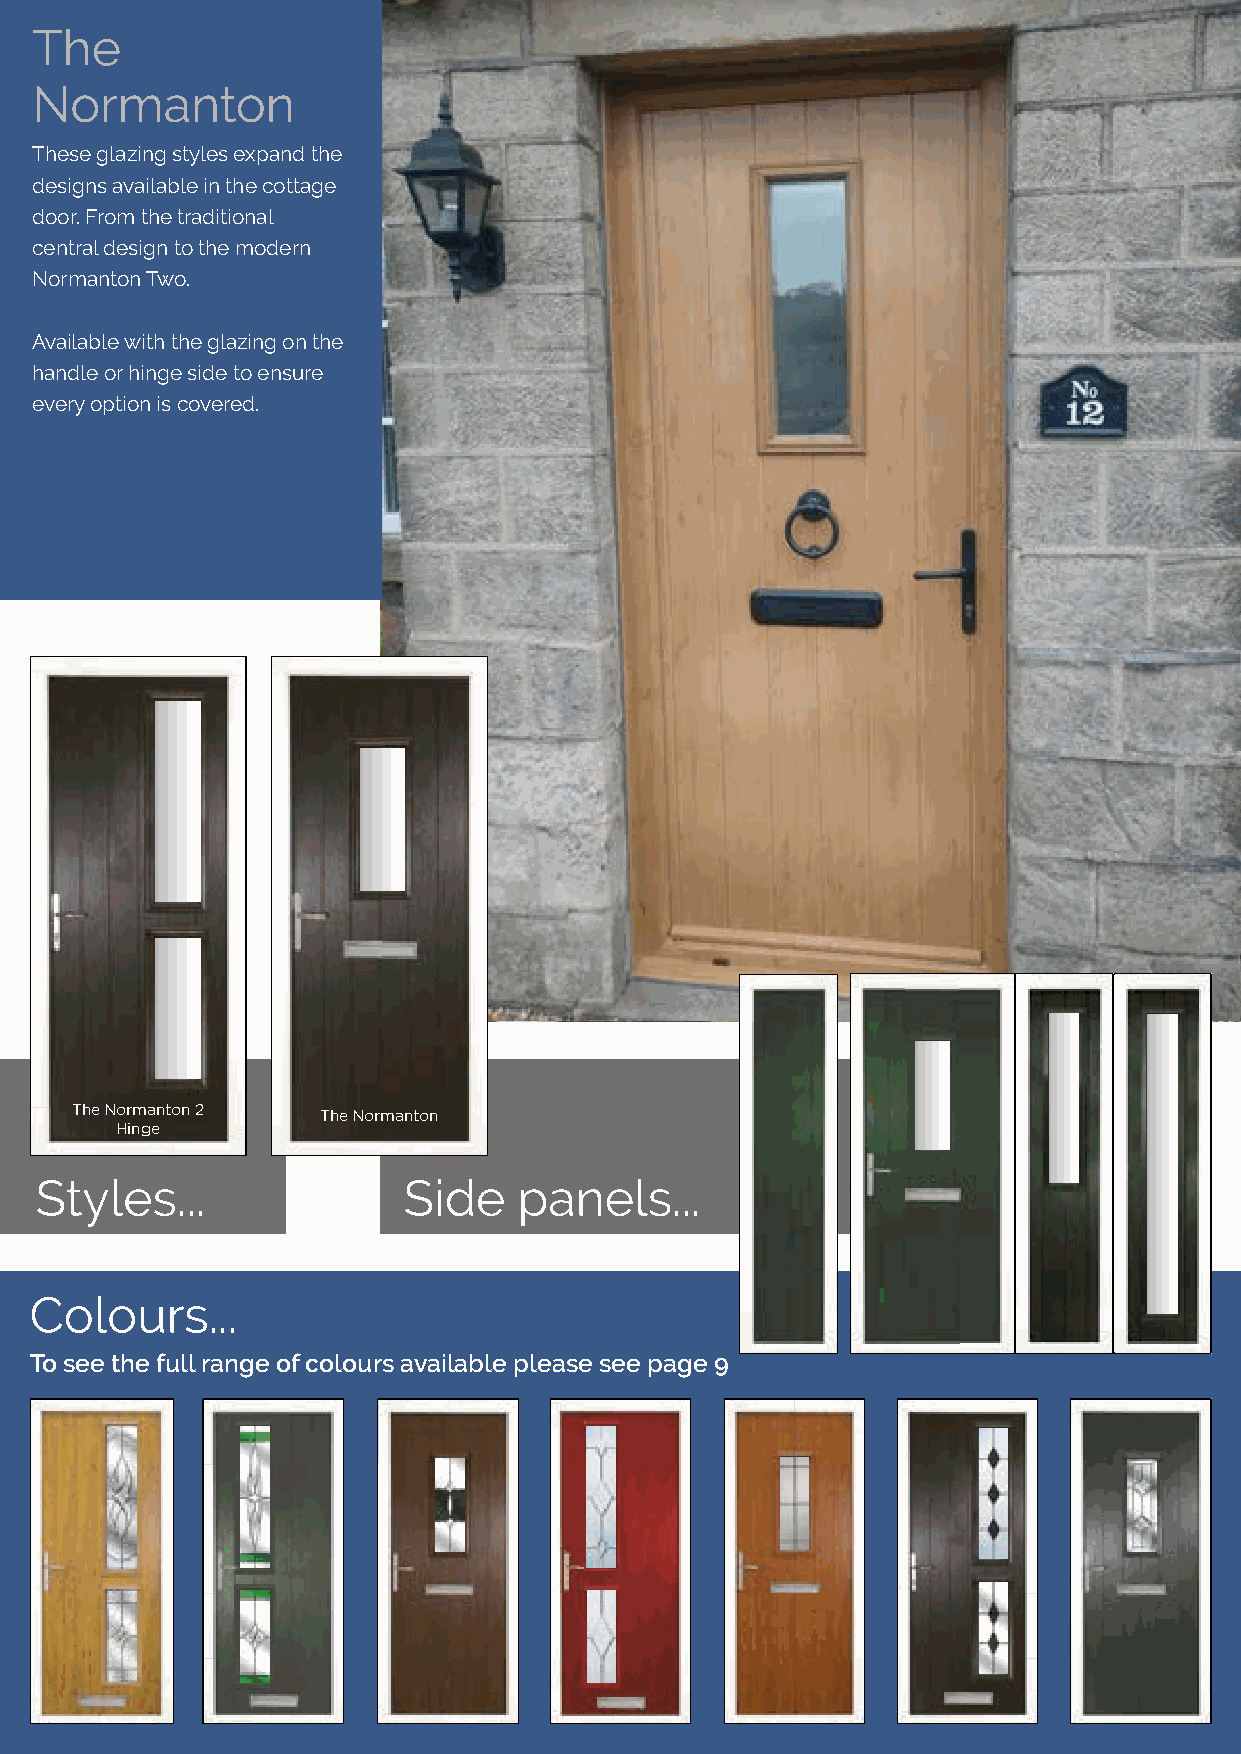
TThhee
 NNoorrmmaannttoonn
 TThheessee ggllaazziinngg ssttyylleess eexxppaanndd tthhee
 ddeessiiggnnss aavvaaiillaabbllee iinn tthhee ccoottttaaggee
 ddoooorr.. FFrroomm tthhee ttrraaddiittiioonnaall
 cceennttrraall ddeessiiggnn ttoo tthhee mmooddeerrnn
 NNoorrmmaannttoonn TTwwoo..
 AAvvaaiillaabbllee wwiitthh tthhee ggllaazziinngg oonn tthhee
 hhaannddllee oorr hhiinnggee ssiiddee ttoo eennssuurree
 eevveerryy ooppttiioonn iiss ccoovveerreedd..
 TThhee NNoorrmmaannttoonn 22 TThhee NNoorrmmaannttoonn
 HHiinnggee
 SSttyylleess......       SSiiddee ppaanneellss......
 CCoolloouurrss......
 TToo sseeee tthhee ffuullll rraannggee ooff ccoolloouurrss aavvaaiillaabbllee pplleeaassee sseeee ppaaggee 99